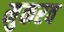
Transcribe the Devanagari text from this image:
मुकरव